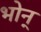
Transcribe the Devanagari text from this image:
भोन्